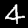
Digit: 4